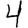
Digit: 4